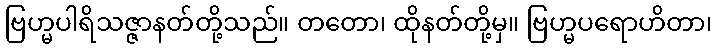
ဗြဟ္မပါရိသဇ္ဇာနတ်တို့သည်။ တတော၊ ထိုနတ်တို့မှ။ ဗြဟ္မပရောဟိတာ၊